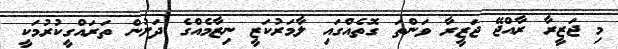
މި ޖަޒީރާ ރާއްޖޭ ޖަޒީރާ ވަންތަ ގޮތެއްގައި ލާމަރުކަޒީ ނިޒާމެއްގެ ދަށުން ތަރައްގީކުރުމަކީ